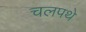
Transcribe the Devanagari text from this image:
चलपथे